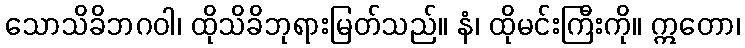
သောသိခိဘဂဝါ၊ ထိုသိခိဘုရားမြတ်သည်။ နံ၊ ထိုမင်းကြီးကို။ ဣတော၊